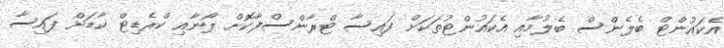
އެކައުންޓް ބެލެންސް ބެލުމާއި އެކައުންޓުތަކަށް ފައިސާ ޓްރާންސްފާކޮށް ލޯނާއި ކްރެޑިޓް ކާޑަށް ފައިސާ